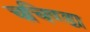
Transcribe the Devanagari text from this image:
चचिण्डा